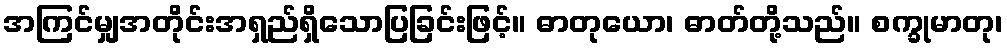
အကြင်မျှအတိုင်းအရှည်ရှိသောပြခြင်းဖြင့်။ ဓာတုယော၊ ဓာတ်တို့သည်။ စက္ခုမာတု၊